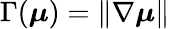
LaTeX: \Gamma(\boldsymbol{\mu})=\| \nabla\boldsymbol{\mu}\|